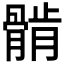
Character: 𱅲